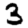
Digit: 3